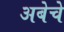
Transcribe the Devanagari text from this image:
अबेचे